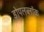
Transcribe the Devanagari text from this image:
डोपलब्लॉक